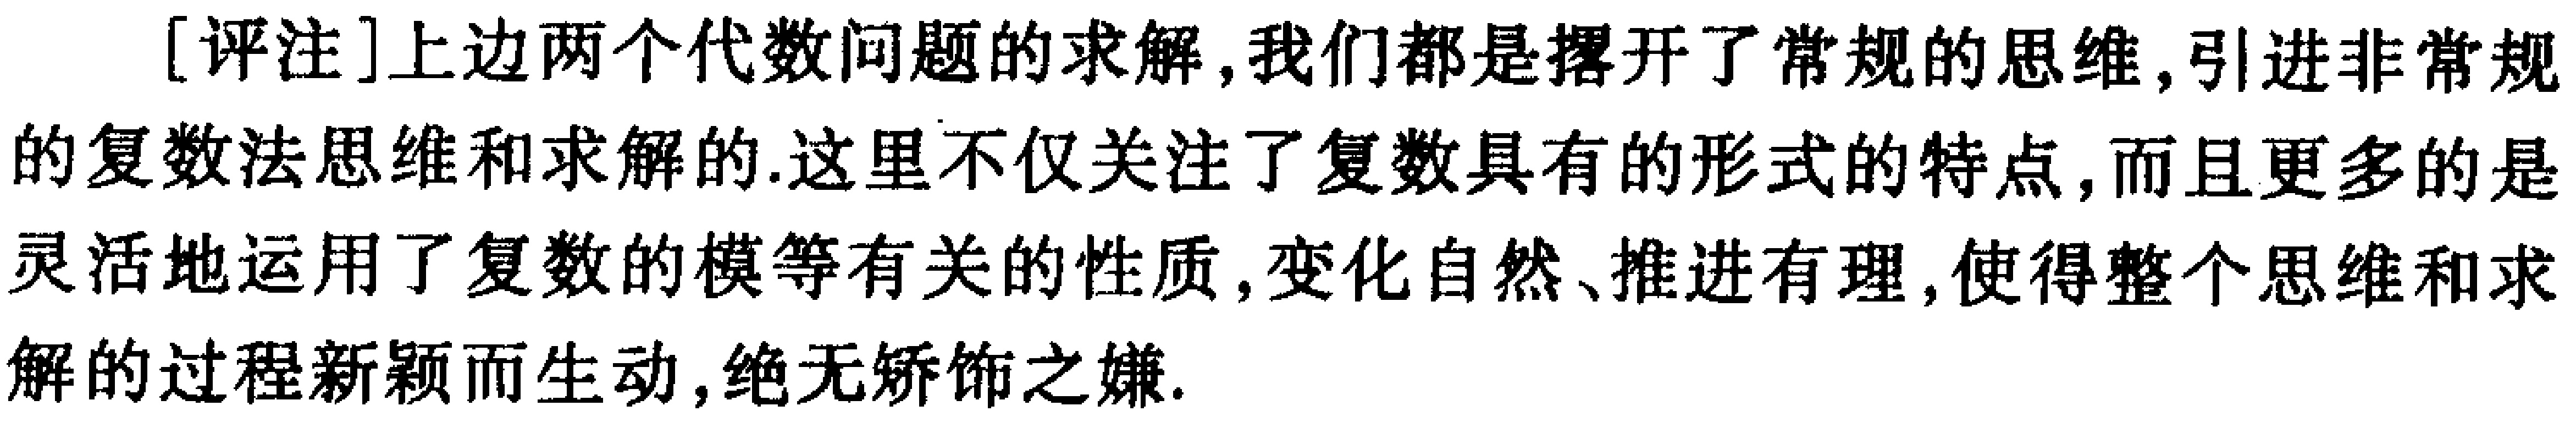
[评注]上边两个代数问题的求解,我们都是撂开了常规的思维,引进非常规的复数法思维和求解的.这里不仅关注了复数具有的形式的特点,而且更多的是灵活地运用了复数的模等有关的性质,变化自然、推进有理,使得整个思维和求解的过程新颖而生动,绝无矫饰之嫌.